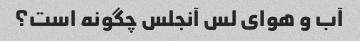
آب و هوای لس آنجلس چگونه است؟